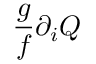
\frac { g } { f } \partial _ { i } Q